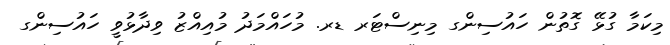
މިކަމާ ގުޅޭ ގޮތުން ހައުސިންގ މިނިސްޓަރ ޑރ. މުހައްމަދު މުއިއްޒު ވިދާޅުވީ ހައުސިންގ